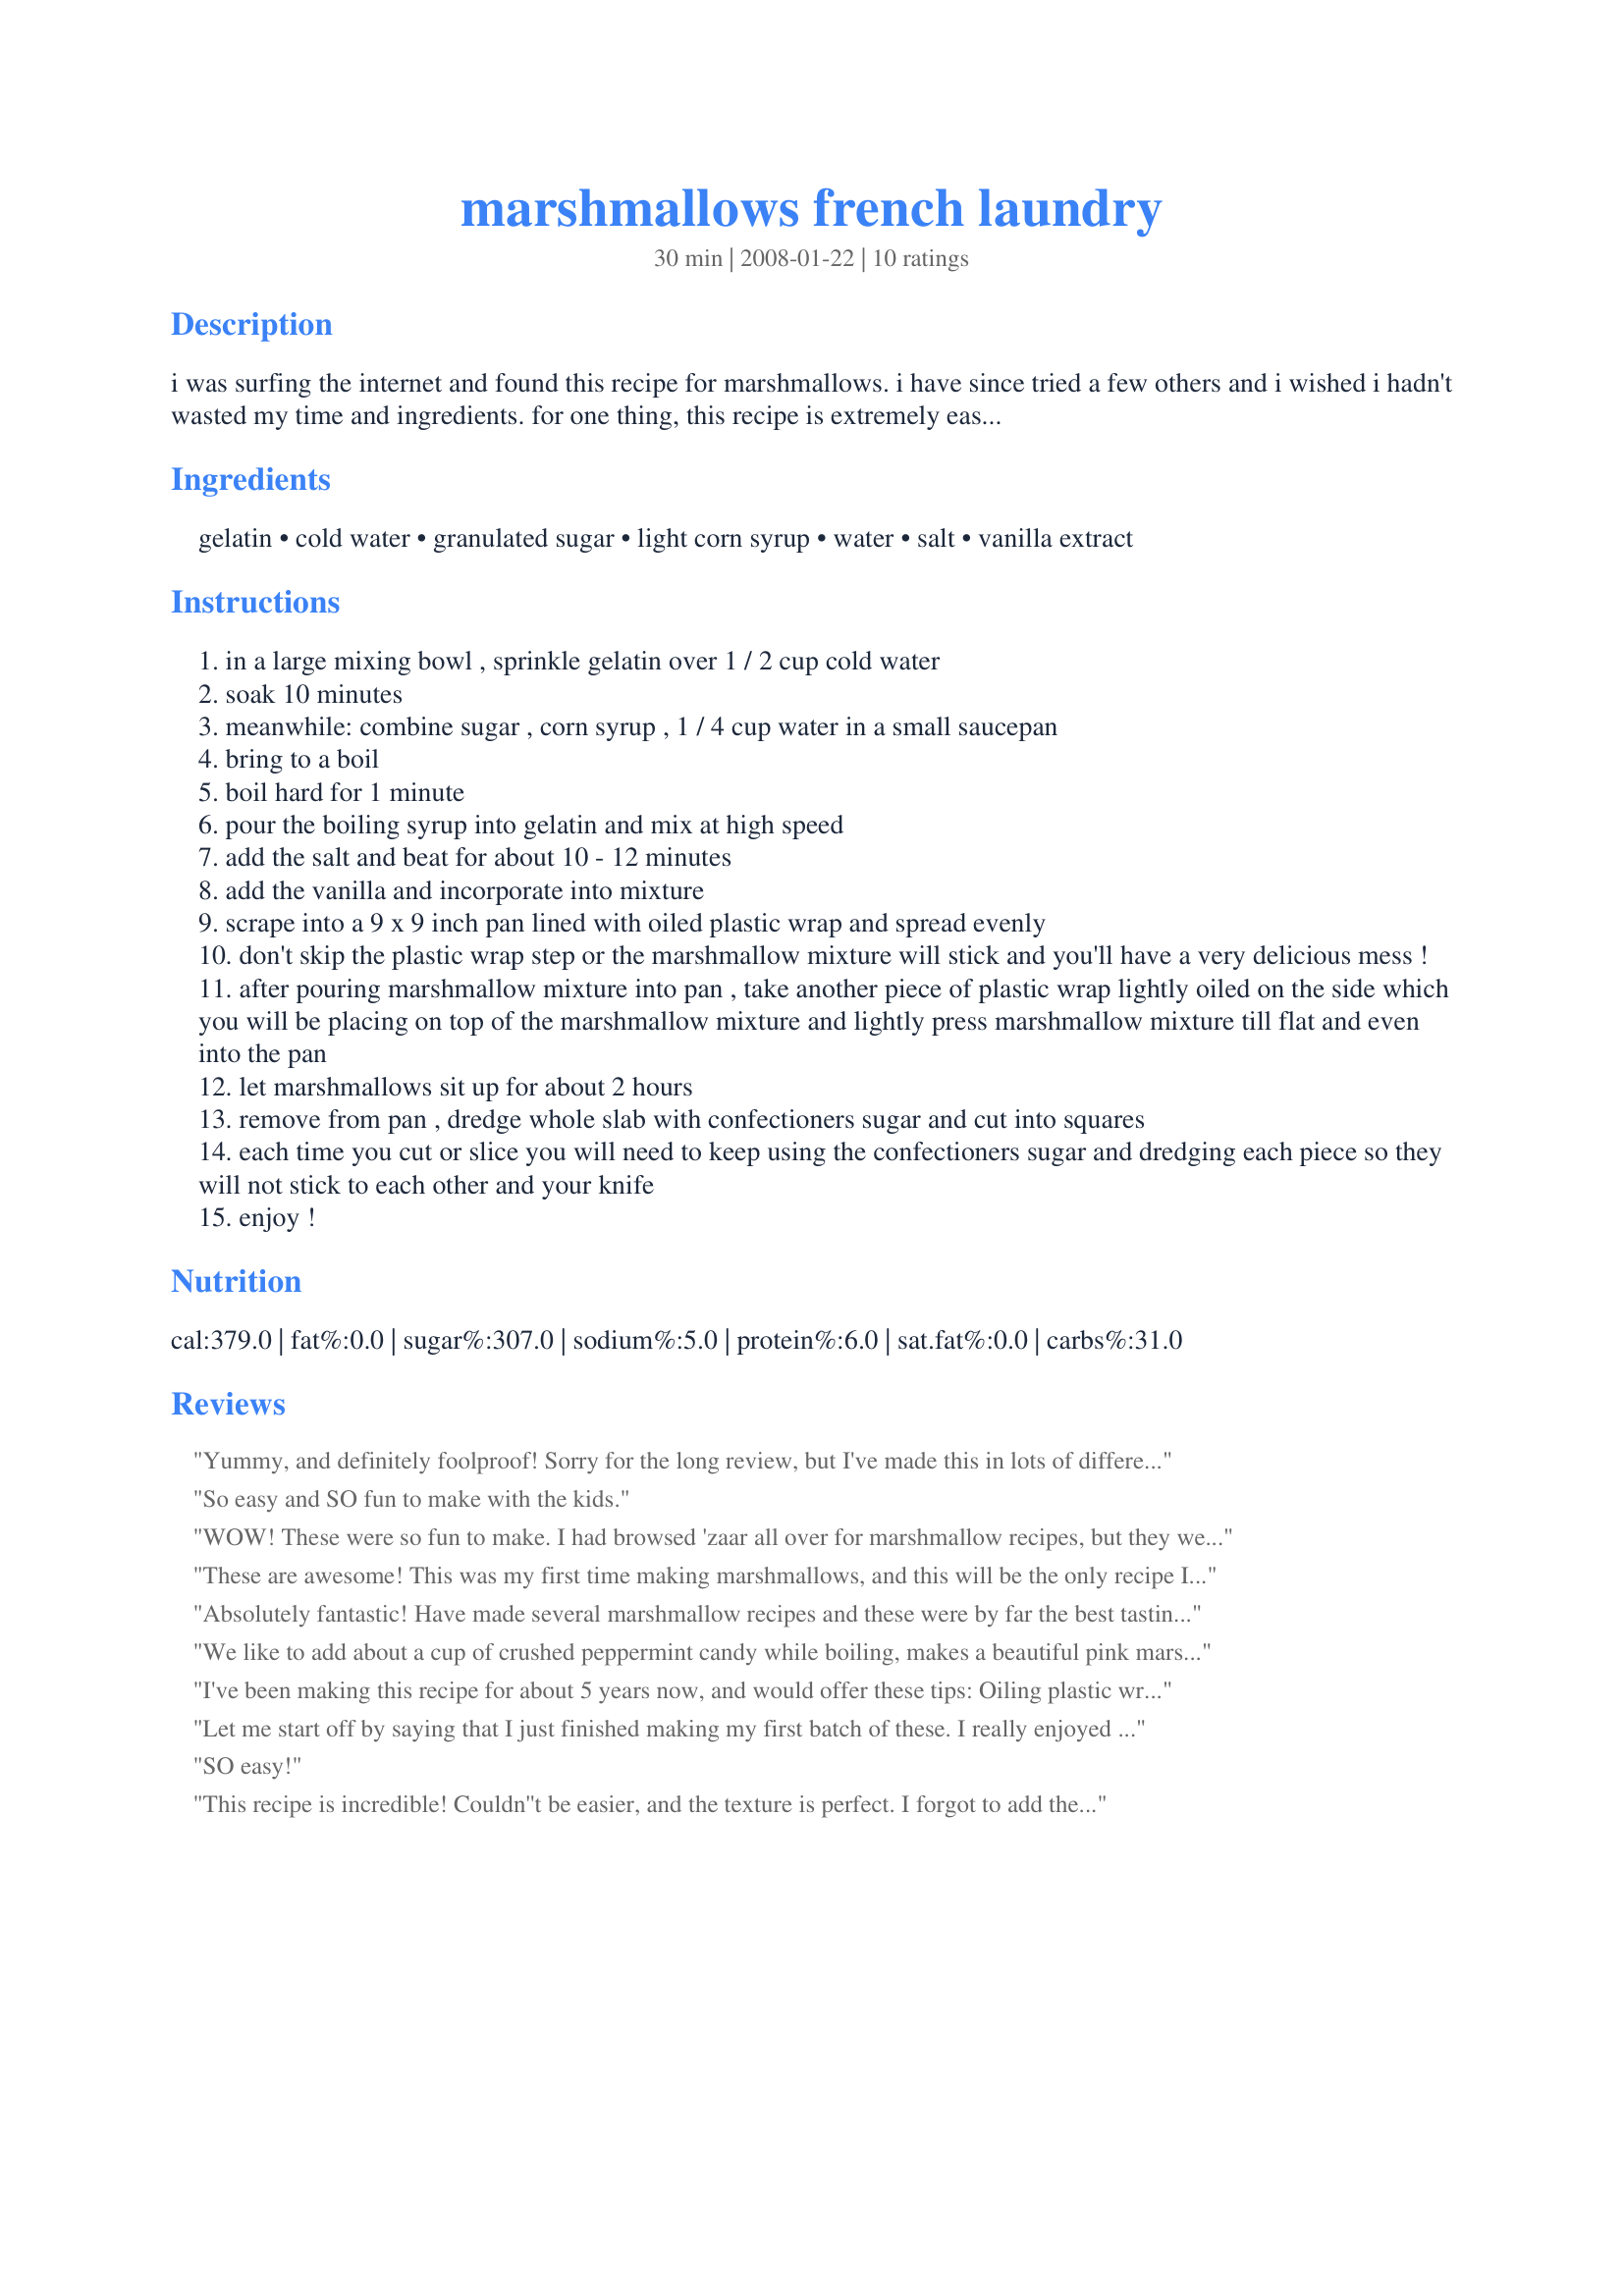
marshmallows french laundry
Preparation time: 30 minutes

i was surfing the internet and found this recipe for marshmallows. i have since tried a few others and i wished i hadn't wasted my time and ingredients. for one thing, this recipe is extremely easy to follow. (you don't even need a candy thermometer.)secondly, this recipe is foolproof and super easy to make. the only suggestion i have is to use a quality vanilla extract as the aroma and flavor is unbelieveable! if you've never had homemade marshmallows before, you are in for a real treat! the texture is so much softer and the flavor is well, ummmm.... marshmallow melting moment. yummy. i have a lot of fun making these with my two year old daughter. i love watching her lick the beaters. have some fun in your kitchen for a change. these are wonderful with your favorite hot cocoa. the list goes on.

Ingredients:
gelatin, cold water, granulated sugar, light corn syrup, water, salt, vanilla extract

Steps:
in a large mixing bowl , sprinkle gelatin over 1 / 2 cup cold water
soak 10 minutes
meanwhile: combine sugar , corn syrup , 1 / 4 cup water in a small saucepan
bring to a boil
boil hard for 1 minute
pour the boiling syrup into gelatin and mix at high speed
add the salt and beat for about 10 - 12 minutes
add the vanilla and incorporate into mixture
scrape into a 9 x 9 inch pan lined with oiled plastic wrap and spread evenly
don't skip the plastic wrap step or the marshmallow mixture will stick and you'll have a very delicious mess !
after pouring marshmallow mixture into pan , take another piece of plastic wrap lightly oiled on the side which you will be placing on top of the marshmallow mixture and lightly press marshmallow mixture till flat and even into the pan
let marshmallows sit up for about 2 hours
remove from pan , dredge whole slab with confectioners sugar and cut into squares
each time you cut or slice you will need to keep using the confectioners sugar and dredging each piece so they will not stick to each other and your knife
enjoy !

Reviews:
Yummy, and definitely foolproof! Sorry for the long review, but I've made this in lots of different ways in the last couple of weeks, and discovered a few things. I've tried making 1/3 and 2/3 versions of the recipe, and those worked great! You will want to watch the conversions if you use the "change servings" button, though. Salt, for instance, will not come out right. The smaller batches were nice for me, since I don't have a heavy-duty mixer, and the full batch was making my mixer sound like it was going to burn out. I've tried flavoring with peppermint, and would suggest using a little less than 1 tsp. extract in a full batch. I also made a coffee flavor by replacing all of the water with brewed coffee (chilled), and adding 1-2 tbsp. of instant coffee powder (for a full batch). I found that dredging in straight powdered sugar was too much for me, so tried a 2/3 sugar to 1/3 corn starch mixture, and really liked it. I also "messed up" one batch by using a little more water than called for with the gelatin. It gave the marshmallows a more foamy texture, which we kind of liked. Overall an AWESOME recipe that I can't get enough of!!!
So easy and SO fun to make with the kids.
WOW! These were so fun to make. I had browsed 'zaar all over for marshmallow recipes, but they were so complicated and needed candy thermometers. When I came across this one, it was perfect! The marshmallows were light and fluffy with amazing texture. I actually got 107 pretty decent-sized marshmallows, so I've got a big supply to last me. They are so tasty, though, they probably won't last a week! Thanks for an AWESOME recipe that I will definitely make again.
P.S. - The clean up was so easy with these - the oiled plastic wrap totally makes a difference.
These are awesome! This was my first time making marshmallows, and this will be the only recipe I will ever try. While just a little time-consuming, I love that I didn't have to find a candy thermometer to make these, and the results were great. I added peppermint extract, and attempted to swirl some red food coloring in once the mixture was in the pan (will have to work on a better way of doing this). This time, I did use the 9x9 pan as stated in the recipe, but since I wanted smallish marshmallows, this made it very hard to cut later. I will try using either a baking sheet or 9x13 cake pan from now on instead. I also did not use any of the plastic wrap - just sprayed the pan well and let it set. Thank you for such an awesome recipe!
Absolutely fantastic! Have made several marshmallow recipes and these were by far the best tasting and easiest. Used the KitchenAid with paddle attachment to beat the mixture. As you beat, it gets white and fluffy. Texture is perfect. If you've never tried hot cocoa with homemade marshmallows, it's time! One tip, it helps to let the edges of the plastic wrap hang over the edge of the pan so that you can easily lift the mixture out and flip onto your cutting board coated in powdered sugar. Thanks for sharing the recipe! Made for PAC Fall 2008.
We like to add about a cup of crushed peppermint candy while boiling, makes a beautiful pink marshmallow with a hint of peppermint.
I've been making this recipe for about 5 years now, and would offer these tips:
Oiling plastic wrap is a pain! Just spray a glass baking dish with some Pam, and the marshmallows will come out easily. And I never saw a need for that top piece of plastic wrap either. Just place a cookie sheet over the top while they set-up. Also, spray Pam on a large spoon before you start, so the batter will spoon out quickly and easily at the end.
In answer to how long to beat the mixture: It will take 10 to 12 minutes. Usually closer to 10. You'll know it's ready when it starts to get hard to mix.
Add any flavoring at the very end. Try about 1/4 to 1/3 cup of crushed marischino cherries (drain well) and a tbls. of almond extract. These will be a bit more moist, but make a beautiful pink color perfect for valentine's day or Christmas. 3 tbls. of unsweetened powdered coco added at the end makes great chocolate marshmallows.
Have fun!
Let me start off by saying that I just finished making my first batch of these. I really enjoyed the flavor and it was a super easy and forgiving recipe. I boiled the sugar syrup for a bit too long and everything seemed to be fine after. My only disappointment (and this may be the fault of my own or it may be the recipe) is that the marshmallows had a bit of a gritty texture to them, like there were bits of sugar still in it. Will have to try again. My only question was how do I determine how long to mix the sugar/gelatin for? I know the recipe says 10-12 mins but I wasn't sure when to stop. Any suggestions?
SO easy!
This recipe is incredible! Couldn''t be easier, and the texture is perfect. I forgot to add the vanilla to my first batch, so instead I scraped a vanilla bean into my powdered sugar & dredged the marshmallows in that. Can't wait to make them again the right way! Thanks for sharing this gem!
